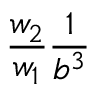
\frac { w _ { 2 } } { w _ { 1 } } \frac { 1 } { b ^ { 3 } }